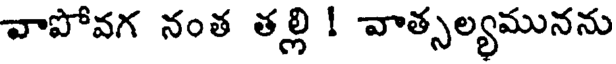
వాపోవగ నంత తల్లి ! వాత్సల్యమునను